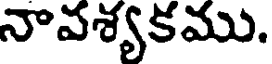
నావశ్యకము.